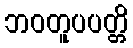
ဘဝတူပပတ္တိ